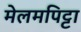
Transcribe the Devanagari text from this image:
मेलमपिट्टा